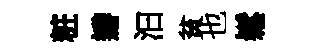
粧瓣汩貧也鬆